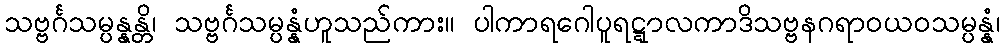
သဗ္ဗင်္ဂသမ္ပန္နန္တိ၊ သဗ္ဗင်္ဂသမ္ပန္နံဟူသည်ကား။ ပါကာရဂေါပူရဋ္ဋာလကာဒိသဗ္ဗနဂရာဝယဝသမ္ပန္နံ၊